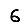
Digit: 6